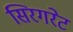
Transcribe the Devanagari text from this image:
सिरगरेट